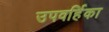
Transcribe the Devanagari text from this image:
उपवर्हिका